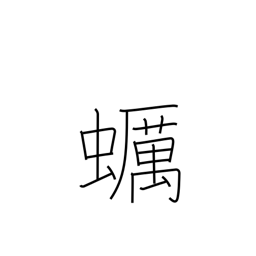
Meaning: oyster